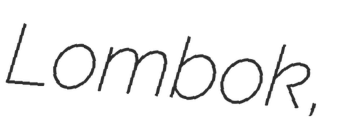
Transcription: Lombok,